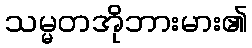
သမ္မတအိုဘားမား၏